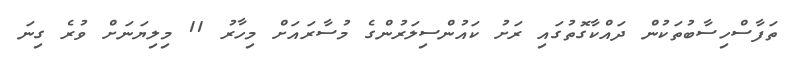
ތަފާސްހިސާބުތަކުން ދައްކާގޮތުގައި ރަށު ކައުންސިލަރުންގެ މުސާރައަށް މިހާރު 11 މިލިޔަނަށް ވުރެ ގިނަ